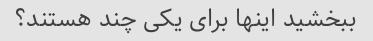
ببخشید اینها برای یکی چند هستند؟